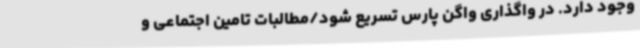
وجود دارد. در واگذاری واگن پارس تسریع شود/مطالبات تامین اجتماعی و